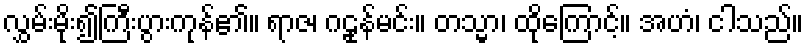
လွှမ်းမိုး၍ကြီးပွားကုန်၏။ ရာဇ၊ ဂဠုန်မင်း။ တသ္မာ၊ ထိုကြောင့်။ အဟံ၊ ငါသည်။